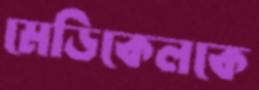
মেডিকেলকে